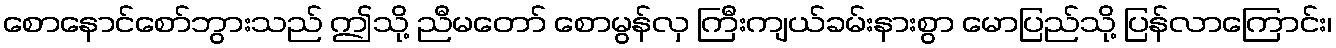
စောနောင်စော်ဘွားသည် ဤသို့ ညီမတော် စောမွန်လှ ကြီးကျယ်ခမ်းနားစွာ မောပြည်သို့ ပြန်လာကြောင်း၊